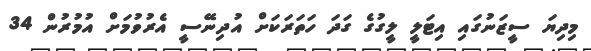
މިދިޔަ ސީޒަނުގައި އިޓަލީ ލީގުގެ ގަދަ ހަތަރަކަށް އުދިނޭސީ އެރުވުމަށް އުމުރުން 34